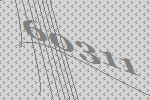
60311